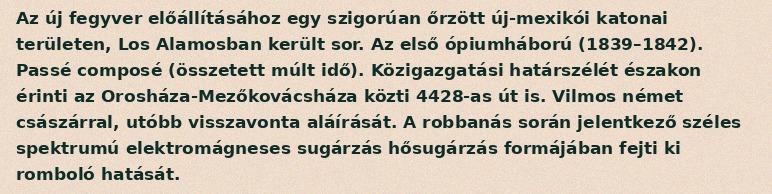
Az új fegyver előállításához egy szigorúan őrzött új-mexikói katonai területen, Los Alamosban került sor. Az első ópiumháború (1839–1842). Passé composé (összetett múlt idő). Közigazgatási határszélét északon érinti az Orosháza-Mezőkovácsháza közti 4428-as út is. Vilmos német császárral, utóbb visszavonta aláírását. A robbanás során jelentkező széles spektrumú elektromágneses sugárzás hősugárzás formájában fejti ki romboló hatását.